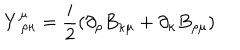
LaTeX: Y _ { \, \, \rho \kappa } ^ { \mu } = \frac { i } { 2 } \left( \partial _ { \rho } B _ { \kappa \mu } + \partial _ { \kappa } B _ { \rho \mu } \right)